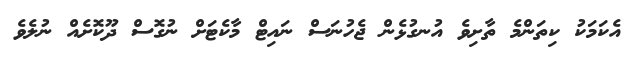
އެކަމަކު ކިތަންމެ ތާށިވެ އުނގުޅެން ޖެހުނަސް ނައިޓް މާކެޓަށް ނުގޮސް ދޫކޮށެއް ނުލެވެ